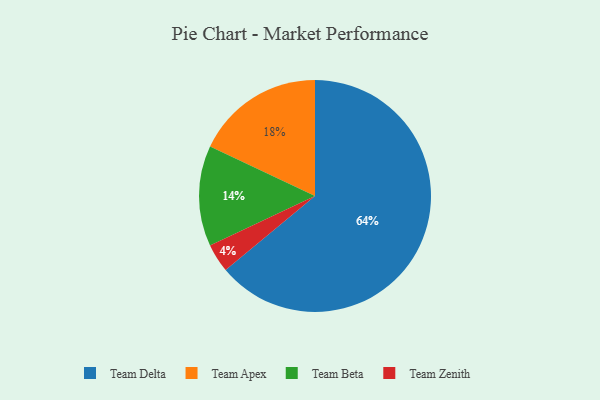
{"axis": {"x": "Category", "y": "Percentage"}, "legend": ["Team Apex", "Team Beta", "Team Delta", "Team Zenith"], "data": [{"x": "Team Apex", "y": 18, "type": "Team Apex"}, {"x": "Team Beta", "y": 14, "type": "Team Beta"}, {"x": "Team Zenith", "y": 4, "type": "Team Zenith"}, {"x": "Team Delta", "y": 64, "type": "Team Delta"}]}